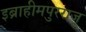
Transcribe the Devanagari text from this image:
इब्राहीमपुरराजू